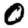
Digit: 0